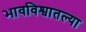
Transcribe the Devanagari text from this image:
भावविश्वातल्या